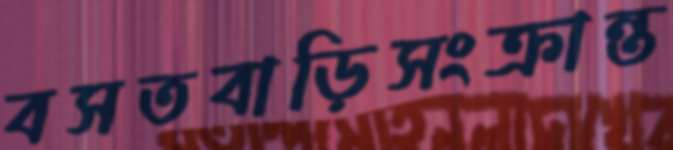
বসতবাড়িসংক্রান্ত